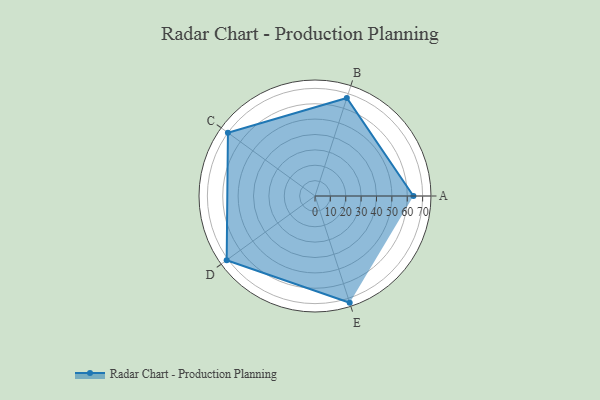
{"axis": {"x": "Skill", "y": "Score"}, "legend": ["Profile"], "data": [{"x": "A", "y": 64.0, "type": "Profile"}, {"x": "B", "y": 67.0, "type": "Profile"}, {"x": "C", "y": 70.0, "type": "Profile"}, {"x": "D", "y": 71.0, "type": "Profile"}, {"x": "E", "y": 73.0, "type": "Profile"}]}